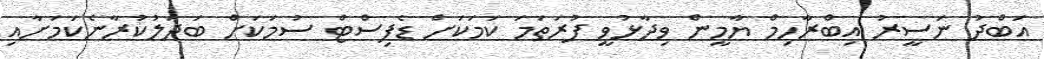
އަބްދު ނަސީރު އިބްރާހިމް ޔާމީން ވިދާޅުވީ ފުރަތަމަ ކަމަކަށް ޑެފިސްޓް ސުމަކަށް ބަދަލުކުރާނެކަމަށާއި